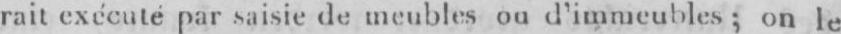
rait exécuté par saisie de meubles oud’immeubles; on le